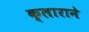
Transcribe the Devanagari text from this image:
क्लाराने